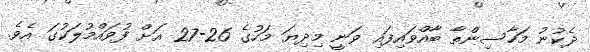
ދެކުނު މަހާސިންތާ ބާއްވައިފައި ވަނީ މިދިޔަ މަހުގެ 26-27 އަށް ފުވައްމުލަކުގަ އެވެ.